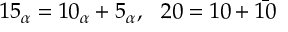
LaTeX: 1 5 _ { \alpha } = 1 0 _ { \alpha } + 5 _ { \alpha } , ~ ~ 2 0 = 1 0 + \bar { 1 0 }